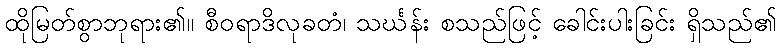
ထိုမြတ်စွာဘုရား၏။ စီဝရာဒိလုခတံ၊ သင်္ဃန်း စသည်ဖြင့် ခေါင်းပါးခြင်း ရှိသည်၏